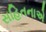
સહિતનાએ